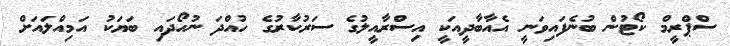
ސްޕްރީމް ކޯޓުން ބުނެފައިވަނީ އެއާބާދީއަކީ އިސްރާއީލުގެ ސަރުކާރުގެ ހުއްދަ ނުހޯދައި ބަޔަކު އަމިއްލައަށް